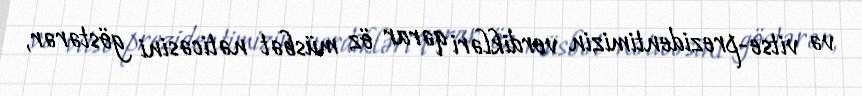
və vitse-prezidentimizin verdikləri qərar öz müsbət nəticəsini göstərər,